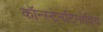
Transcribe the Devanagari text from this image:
कॉन्स्टेनटिनोविच